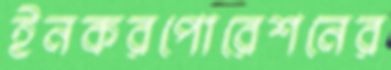
ইনকরপোরেশনের